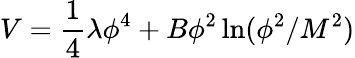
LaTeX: V={\frac{1}{4}}\lambda\phi^{4}+B\phi^{2}\ln(\phi^{2}/M^{2})